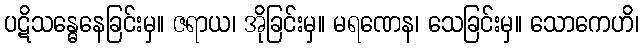
ပဋိသန္ဓေနေခြင်းမှ။ ဇရာယ၊ အိုခြင်းမှ။ မရဏေန၊ သေခြင်းမှ။ သောကေဟိ၊